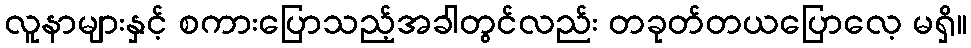
လူနာများနှင့် စကားပြောသည့်အခါတွင်လည်း တခုတ်တယပြောလေ့ မရှိ။